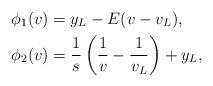
\begin{align*}\phi_1(v)&=y_L-E(v-v_L),\\\phi_2(v)&=\frac{1}{s}\left(\frac{1}{v}-\frac{1}{v_L}\right)+y_L,\end{align*}